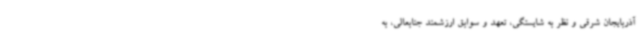
آذربایجان شرقی و نظر به شایستگی، تعهد و سوابق ارزشمند جنابعالی، به